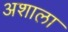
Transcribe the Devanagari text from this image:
अशाला